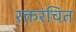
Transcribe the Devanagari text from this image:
रक्तरंचित